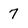
Character: 7